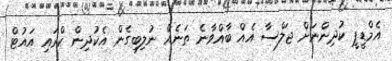
އެމްޑީޕީ ކުދިންނަށް ޖަލްސާ އެއް ބާއްވާނެ ތަނެއް ނުލިބިގެން އެކުދިން ކްރައި އައުޓް